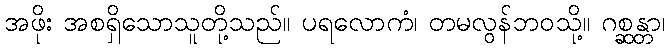
အဖိုး အစရှိသောသူတို့သည်။ ပရလောကံ၊ တမလွန်ဘဝသို့။ ဂစ္ဆန္တာ၊